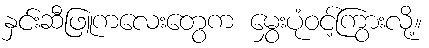
နှင်းဆီဖြူကလေးတွေက မွှေးပုံဝင့်ကြွားလို့။